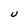
Character: u